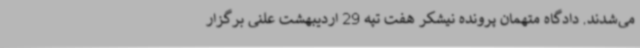
می‌شدند. دادگاه متهمان پرونده نیشکر هفت تپه 29 اردیبهشت علنی برگزار